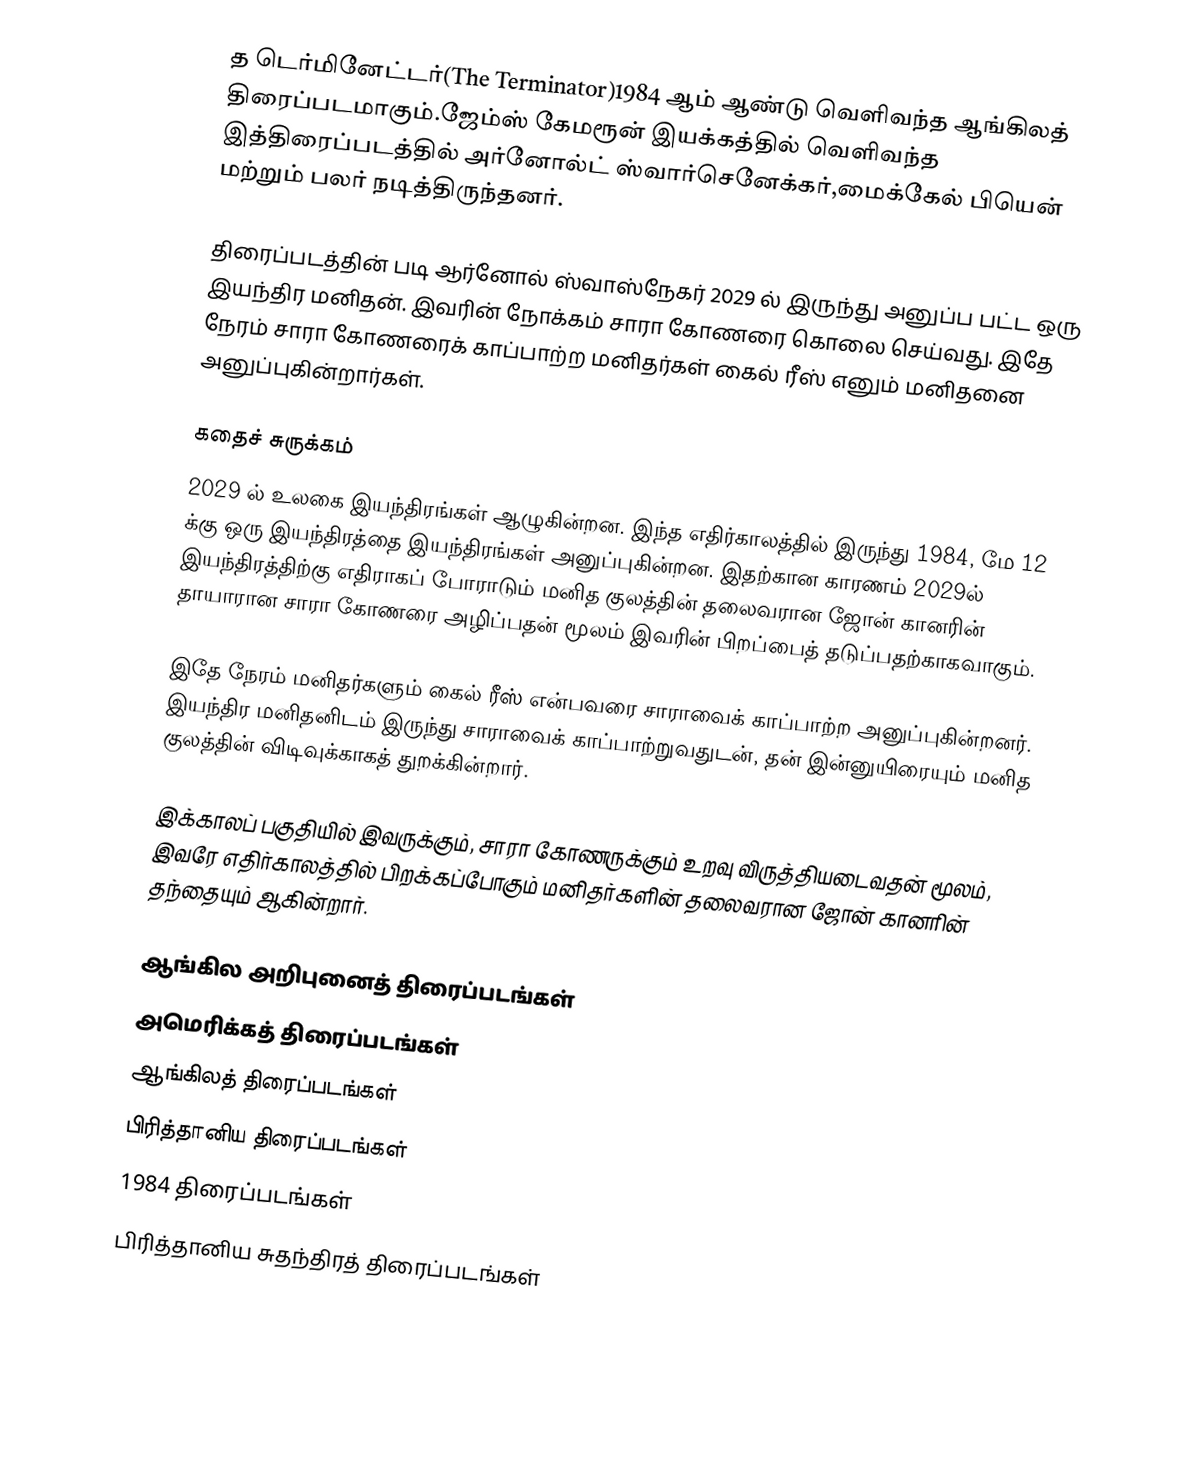
த டெர்மினேட்டர்(The Terminator)1984 ஆம் ஆண்டு வெளிவந்த ஆங்கிலத் திரைப்படமாகும்.ஜேம்ஸ் கேமரூன் இயக்கத்தில் வெளிவந்த இத்திரைப்படத்தில் அர்னோல்ட் ஸ்வார்செனேக்கர்,மைக்கேல் பியென் மற்றும் பலர் நடித்திருந்தனர்.

திரைப்படத்தின் படி ஆர்னோல் ஸ்வாஸ்நேகர் 2029 ல் இருந்து அனுப்ப பட்ட ஒரு இயந்திர மனிதன். இவரின் நோக்கம் சாரா கோணரை கொலை செய்வது. இதே நேரம் சாரா கோணரைக் காப்பாற்ற மனிதர்கள் கைல் ரீஸ் எனும் மனிதனை அனுப்புகின்றார்கள்.

கதைச் சுருக்கம்
2029 ல் உலகை இயந்திரங்கள் ஆழுகின்றன. இந்த எதிர்காலத்தில் இருந்து 1984, மே 12 க்கு ஒரு இயந்திரத்தை இயந்திரங்கள் அனுப்புகின்றன. இதற்கான காரணம் 2029ல் இயந்திரத்திற்கு எதிராகப் போராடும் மனித குலத்தின் தலைவரான ஜோன் கானரின் தாயாரான சாரா கோணரை அழிப்பதன் மூலம் இவரின் பிறப்பைத் தடுப்பதற்காகவாகும்.

இதே நேரம் மனிதர்களும் கைல் ரீஸ் என்பவரை சாராவைக் காப்பாற்ற அனுப்புகின்றனர். இயந்திர மனிதனிடம் இருந்து சாராவைக் காப்பாற்றுவதுடன், தன் இன்னுயிரையும் மனித குலத்தின் விடிவுக்காகத் துறக்கின்றார்.

இக்காலப் பகுதியில் இவருக்கும், சாரா கோணருக்கும் உறவு விருத்தியடைவதன் மூலம், இவரே எதிர்காலத்தில் பிறக்கப்போகும் மனிதர்களின் தலைவரான ஜோன் கானரின் தந்தையும் ஆகின்றார்.

ஆங்கில அறிபுனைத் திரைப்படங்கள்
அமெரிக்கத் திரைப்படங்கள்
ஆங்கிலத் திரைப்படங்கள்
பிரித்தானிய திரைப்படங்கள்
1984 திரைப்படங்கள்
பிரித்தானிய சுதந்திரத் திரைப்படங்கள்